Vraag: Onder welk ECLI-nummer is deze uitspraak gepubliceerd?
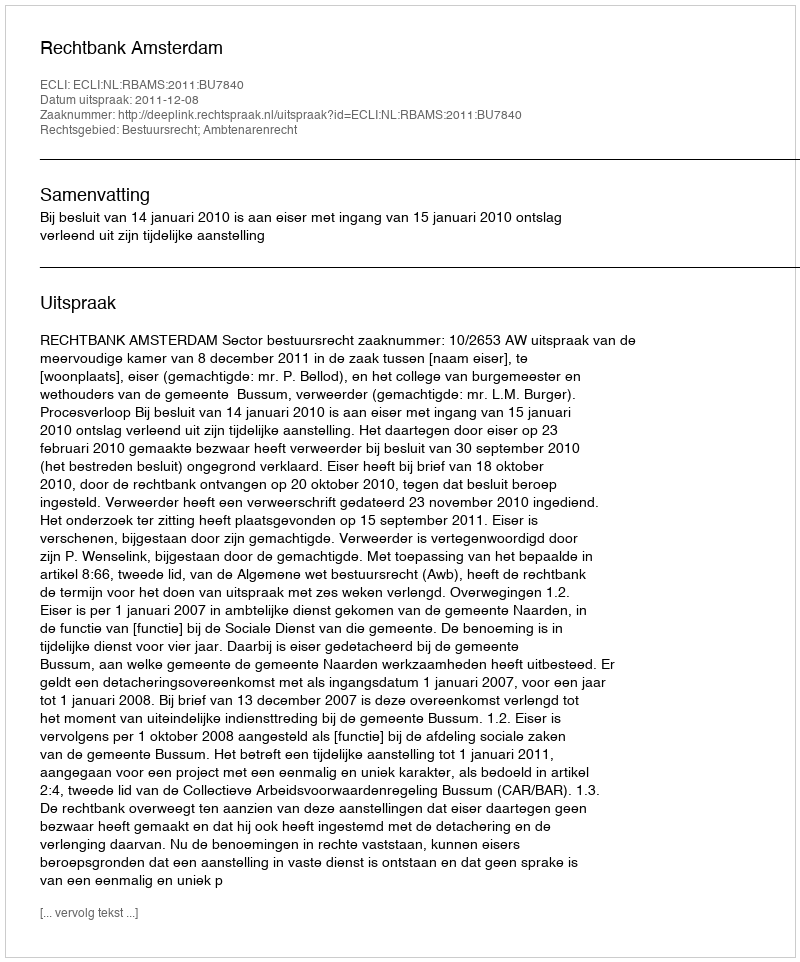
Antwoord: ECLI:NL:RBAMS:2011:BU7840